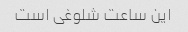
این ساعت شلوغی است